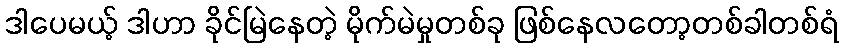
ဒါပေမယ့် ဒါဟာ ခိုင်မြဲနေတဲ့ မိုက်မဲမှုတစ်ခု ဖြစ်နေလတော့တစ်ခါတစ်ရံ